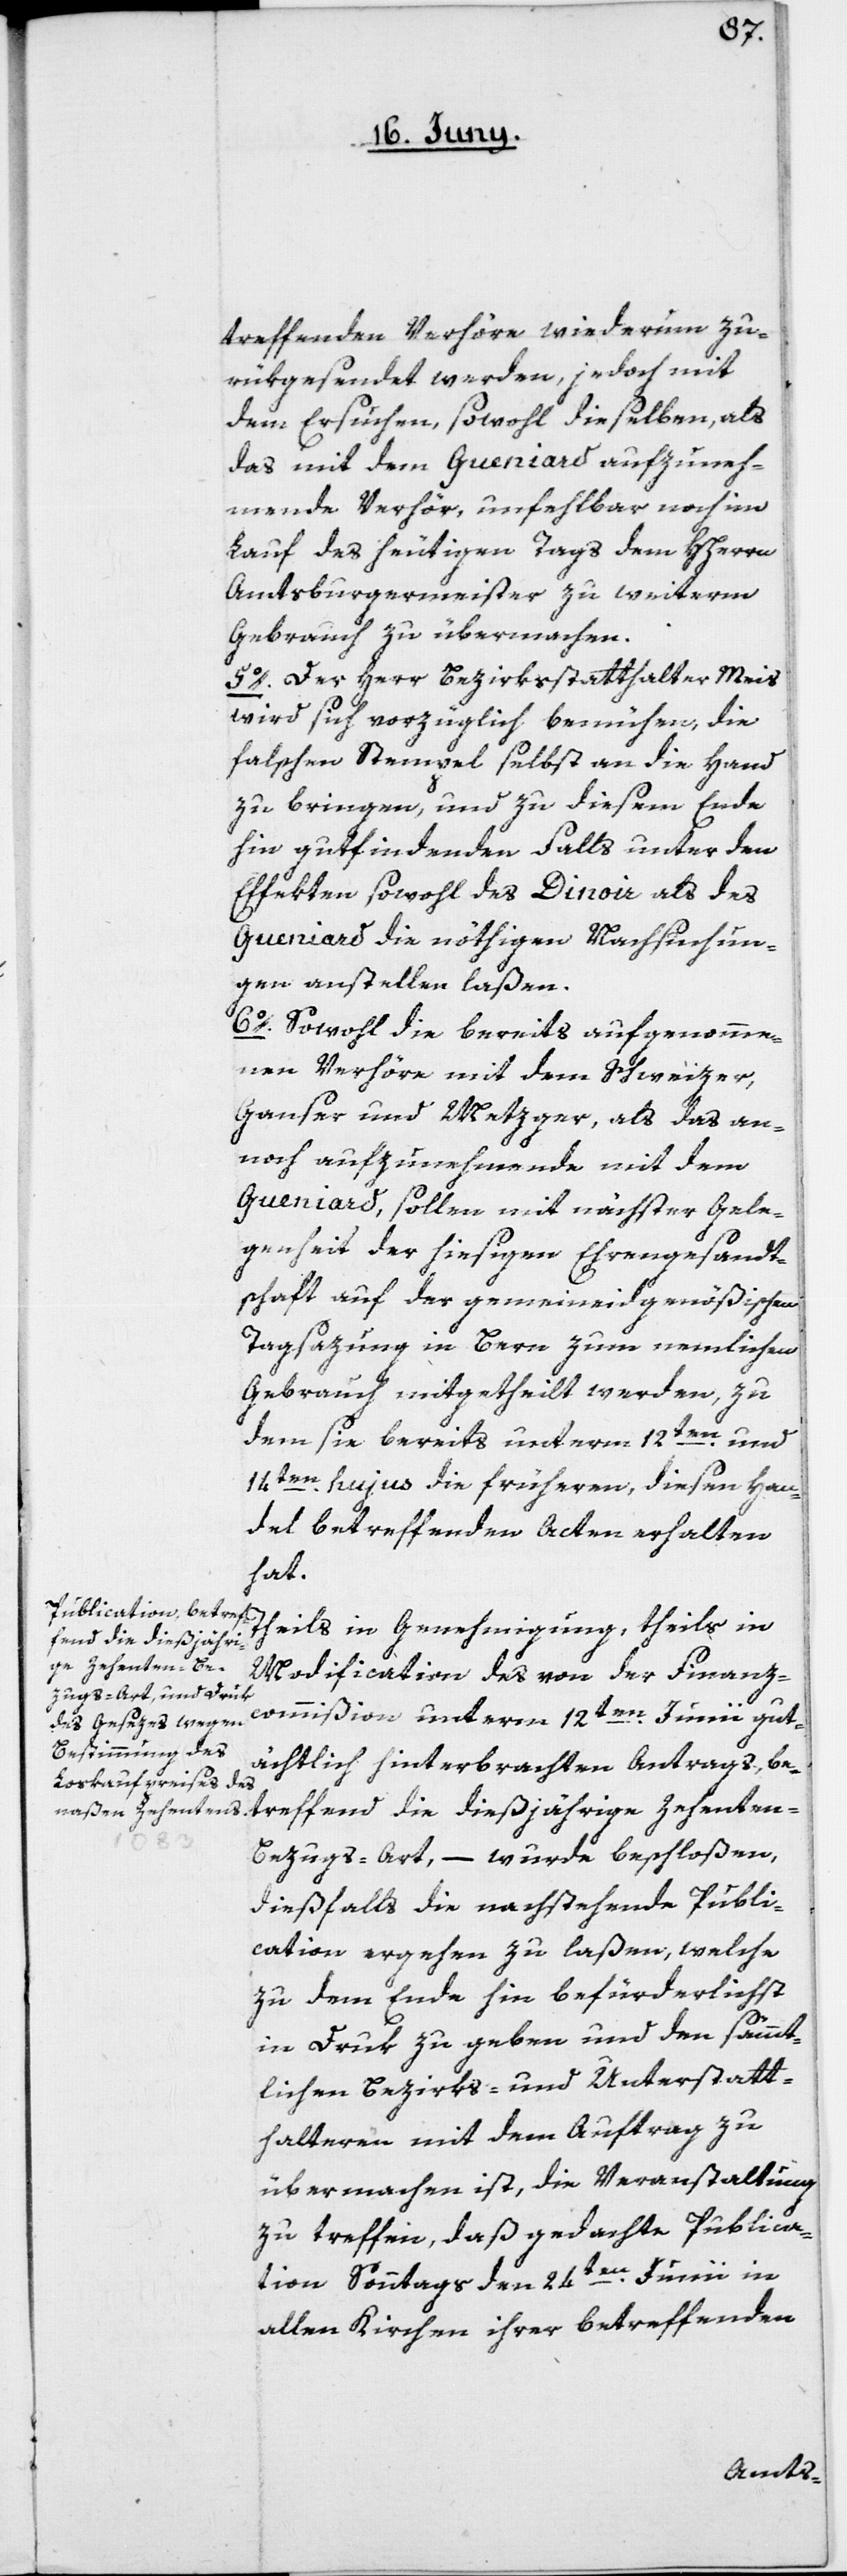
tref¬
treffenden Verhöre wiederum zu¬
rükgesendet werden, jedoch mit
dem Ersuchen, sowohl dieselben, als
das mit dem Gueniard aufzuneh¬
mende Verhör, unfehlbar noch im
Lauf des heutigen Tags dem HHerrn
Amtsburgermeister zu weiterm
Gebrauch zu übermachen.
5o. Der Herr Bezirksstatthalter Meis
wird sich vorzüglich bemühen, die
falschen Stempel selbst an die Hand
zu bringen, und zu diesem Ende
hin gutfindenden Falls unter den
Effekten, sowohl des Dinoir als des
Gueniard die nöthigen Nachsuchun¬
gen anstellen laßen.
6o. Sowohl die bereits aufgenomme¬
nen Verhöre mit dem Schweizer,
Ganser und Metzger, als das an¬
noch aufzunehmende mit dem
Gueniard, sollen mit nächster Gele¬
genheit der hiesigen Ehrengesandt¬
schaft auf der gemeineidgenößischen
Tagsazung in Bern zum nemlichen
Gebrauch mitgetheilt werden, zu
dem sie bereits unterm 12ten und
14ten hujus die früheren, diesen Han¬
del betreffenden Acten erhalten
hat.
Theils in Genehmigung, theils in
fend die dießjähri¬
ge Zehenten-B¬
Modification des von der Finanz¬
commißion unterm 12ten Junii gut¬
ächtlich hinterbrachten Antrags, be¬
ezugs-Art, – wurde bschloßen,
dießfalls die nachstehende Publi¬
cation ergehen zu laßen, welche
zu dem Ende hin befürderlichst
in Druk zu geben und den sämmt¬
lichen Bezirks- und Unterstatt¬
halteren mit dem Auftrag zu
übermachen ist, die Veranstaltung
zu treffen, daß gedachte Publica¬
tion Sonntags den 24ten Junii in
allen Kirchen ihrer betreffenden